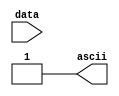
`timescale 1ns / 1ps
//////////////////////////////////////////////////////////////////////////////////
// Company: 
// Engineer: 
// 
// Design Name: 
// Module Name: ascii
// Project Name: 
// Target Devices: 
// Tool Versions: 
// Description: 
// 
// Dependencies: 
// 
// Revision:
// Revision 0.01 - File Created
// Additional Comments:
// 
//////////////////////////////////////////////////////////////////////////////////


module ascii(data, ascii);
    input [191:0] data;
    output ascii;
    
    integer i;
    reg [7:0] ascii_byte;
    
    always @(*) begin
        for(i = 191; i >= 0; i = i-1) begin
            #1 ascii_byte[i%8] = data[i];
            if(i%8 == 0) begin
                $display("%c", ascii_byte);
                ascii_byte = 8'b00000000;
            end
        end  
    end
    
    assign ascii = 1;
endmodule